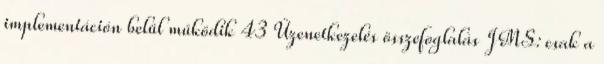
implementáción belül működik 43 Üzenetkezelés összefoglalás JMS: csak a